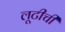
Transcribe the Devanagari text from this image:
लूटीची